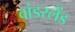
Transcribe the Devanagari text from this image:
वांडरलैंड